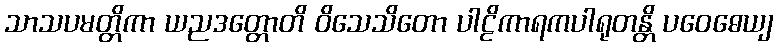
သာသပမတ္တိကာ ယညဒတ္တောတိ ဝိသေသိတော ပါဠိကာရကပါရုတန္တိ ပဝေဓေယျ